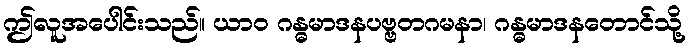
ဤလူအပေါင်းသည်။ ယာဝ ဂန္ဓမာဒနပဗ္ဗတဂမနာ၊ ဂန္ဓမာဒနတောင်သို့